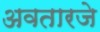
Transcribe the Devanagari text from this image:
अवतारजे